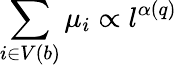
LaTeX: \sum_{i\in V(b)}\mu_{i}\propto l^{\alpha(q)}